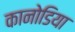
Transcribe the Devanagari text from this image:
कानोडिया